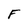
Character: F